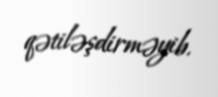
qətiləşdirməyib.